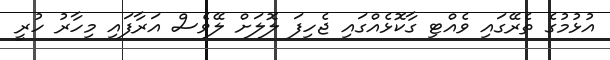
އުޅުމުގެ ތެރޭގައި ވެއްޓި ގާކޮޅެއްގައި ޖެހިފަ ލޮލަށް ލޭވެސް އަރާފައި މިހާރު ހުރީ